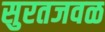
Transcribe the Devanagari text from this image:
सुरतजवळ